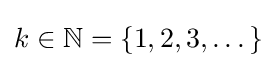
k\in \mathbb {N} =\{1,2,3,\dotsc \}